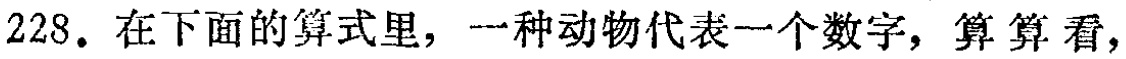
228. 在下面的算式里，一种动物代表一个数字，算算看，